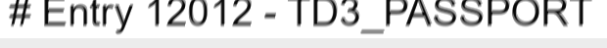
# Entry 12012 - TD3_PASSPORT